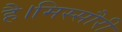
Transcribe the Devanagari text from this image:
है।मिस्सौरी